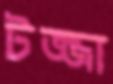
টজ্জা